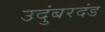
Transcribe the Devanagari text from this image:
उदुंबरदंड